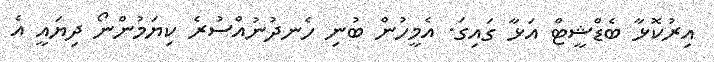
އިރުކޮޅާ ބެޑްޝީޓް އަޅާ ގައިގަ. އެމީހުން ބުނި ހެނދުނުއްސުރެ ކިޔަމުންނޯ ދިޔައީ އެ